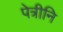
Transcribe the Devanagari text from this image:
पेत्रीनि